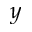
y